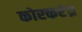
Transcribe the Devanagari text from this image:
कोरकरंध्र